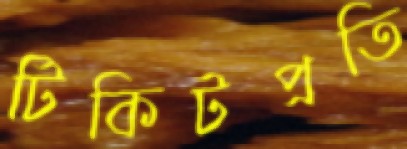
টিকিটপ্রতি